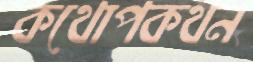
কথোপকথন